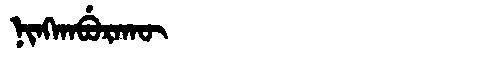
Manchu: ᠨᡳᠩᡴᠠᠪᡠᡵᠠᡴᡡ
Romanization: NINGKABURAKŪ